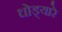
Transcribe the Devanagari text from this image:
धोड्यारे